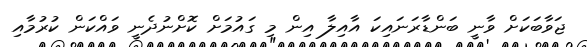
ޖަވާބަކަށް ވާނީ ބަންޑާރަނައިކަ އާއިލާ އިން މި ގައުމަށް ކޮށްނުދެނީ ވައްކަން ކުރުމާއި